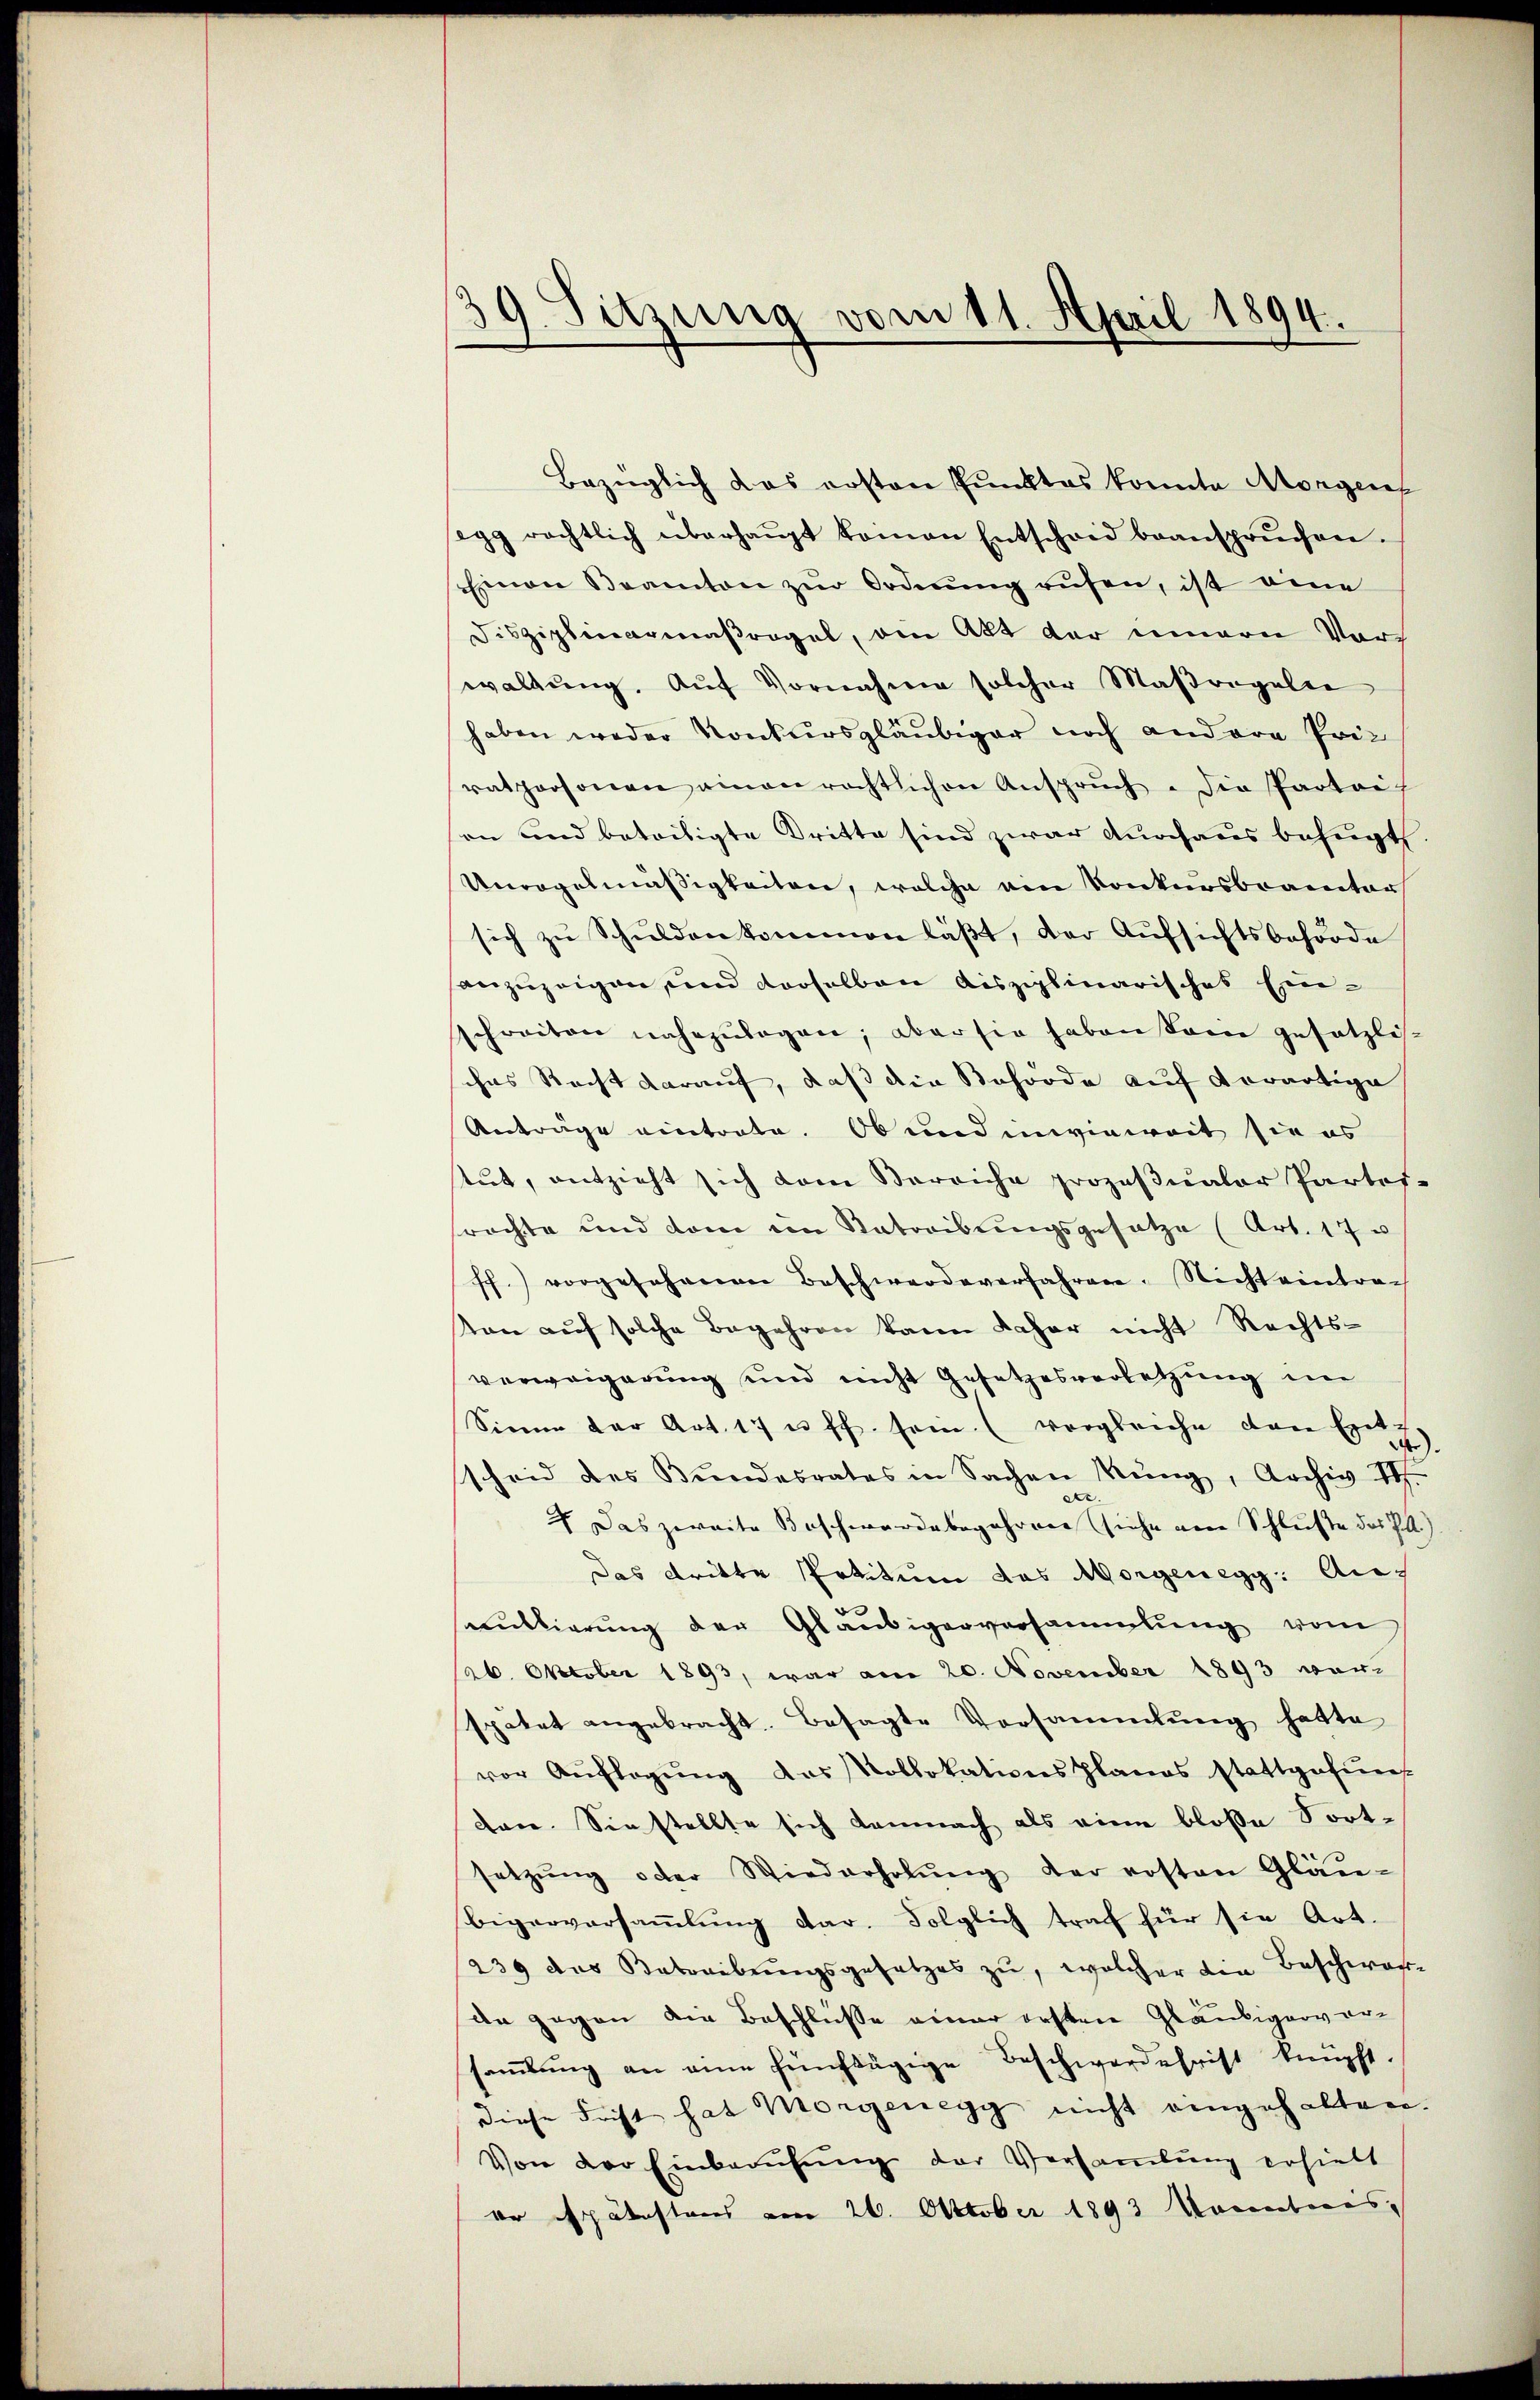
39. Sitzung vom 11. April 1894.

Bezüglich das ersten Punktes konnte Morgen
segg rächtlich überhaŭpt keinen Entscheid beansprŭchen.
Einen Beamten zŭr Ordnŭng rŭfen, ist eine
Disziplinarmaßregel, am Akt der innern Vorwaltung. Auf Vornahme solcher Maßregelte
haben weder Konkursgläubiger noch andere Priratpersonen einen rechtlichen Ansprŭch. Die Parteil
an und beteiligte Dritte sind zwar durchaus befugt
Unregelmäßigkeiten, welche am Konkursbeamter
sich zŭ Schŭlden kommen läβt, der Aŭfsichtsbehörde
anzuzeigen, und derselben disziplinarisches Einschreiten nahezŭlagen; aber sie haben sowie gesetzli-
ches Recht darauf, daß die Behörde auf derartige
Anträge eintrate. Ob und invieweit sie es
tŭt, entzieht sich dem Verriche prozeβŭaler Partes-
frachte und dem im Natreibungsgesetze (Art. 17 u
ff.) vorgesehenen Beschwerdeverfahren. Nicht eintra-
ton aŭf solche Begehren kann daher nicht Rechts-
verweigerung und nicht Gesetzesverletzung im
Sinne der Art. 17 u. ff. sein. (vergleiche von Exetz,
scheid des Bŭndesrates in Sachen Rŭng, Archiv II.
4. Das zweite Beschwerdebegehren siche am Schluße des Ja.)
das dritte Petitum das Morgenegg: Annŭttierŭng der Gläubigerversammlung vom
26. Oktober 1893, war am 20. November 1893 war
spätet angebracht. Besagte Vorsammlung hatte
vor Auflegŭng das Kollokationsplanes stattgefŭn
Lane. Sie stellte sich demnach als eine bloße Fortsetzŭng oder Wiederholŭng der ersten Gläu-
Bigerversaṁlŭng dar. Folglich traf für sie Art.
239 das Betreibungsgesetzes zu, welcher die Beschwarda gegen die Beschlüsse einer ersten Gläubigerversaṁlŭng an eine fünftägige Beschwerdefrist knüpft.
diese Frist hat Morgenegg nicht eingehalten.
Von der Einberufung der Versammlung erhielt
er spätesteres vom 26. Oktober 1893 Monatores,